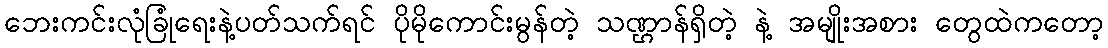
ဘေးကင်းလုံခြုံရေးနဲ့ပတ်သက်ရင် ပိုမိုကောင်းမွန်တဲ့ သဏ္ဌာန်ရှိတဲ့ နဲ့ အမျိုးအစား တွေထဲကတော့